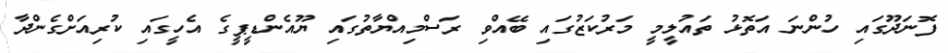
ފޮނަދޫގައި ހުންނަ އަތޮޅު ތައުލީމީ މަރުކަޒުގައި ބޭއްވި ރަސްމިއްޔާތުގައި ޔޫއެންޑީޕީގެ އެހީގައި ކުރިއަށްގެންދާ